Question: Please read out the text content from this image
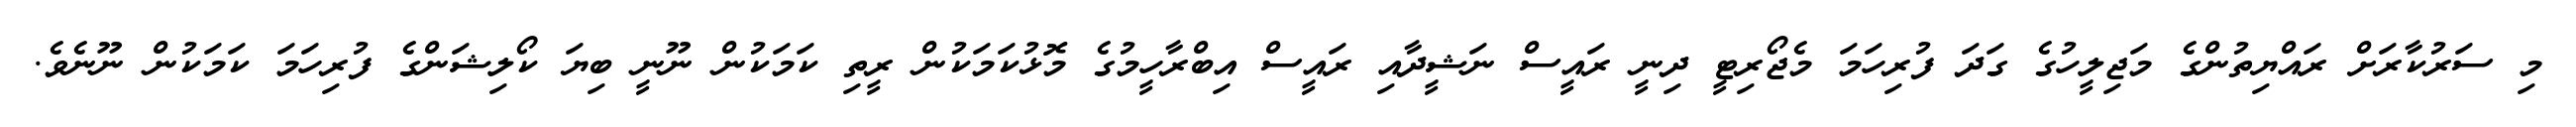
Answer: މި ސަރުކާރަށް ރައްޔިތުންގެ މަޖިލީހުގެ ގަދަ ފުރިހަމަ މެޖޯރިޓީ ދިނީ ރައީސް ނަޝީދާއި ރައީސް އިބްރާހީމުގެ މޮޅުކަމަކުން ރީތި ކަމަކުން ނޫނީ ބިޔަ ކޯލިޝަންގެ ފުރިހަމަ ކަމަކުން ނޫނެވެ.